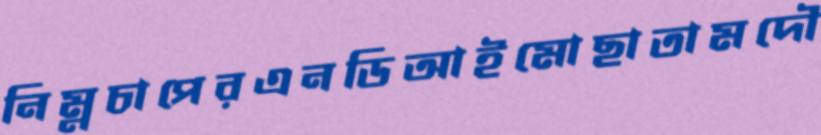
নিম্নচাপেরএনডিআইমোছাতামদৌ